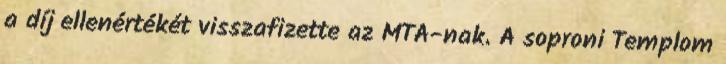
a díj ellenértékét visszafizette az MTA-nak. A soproni Templom